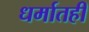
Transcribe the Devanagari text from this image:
धर्मातही